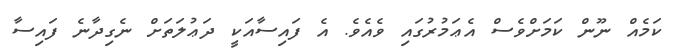
ކަމެއް ނޫން ކަމަށްވެސް އެޢަމުރުގައި ވެއެވެ. އެ ފައިސާއަކީ ދަޢުލަތަށް ނެގިދާނެ ފައިސާ